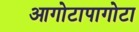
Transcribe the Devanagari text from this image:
आगोटापागोटा